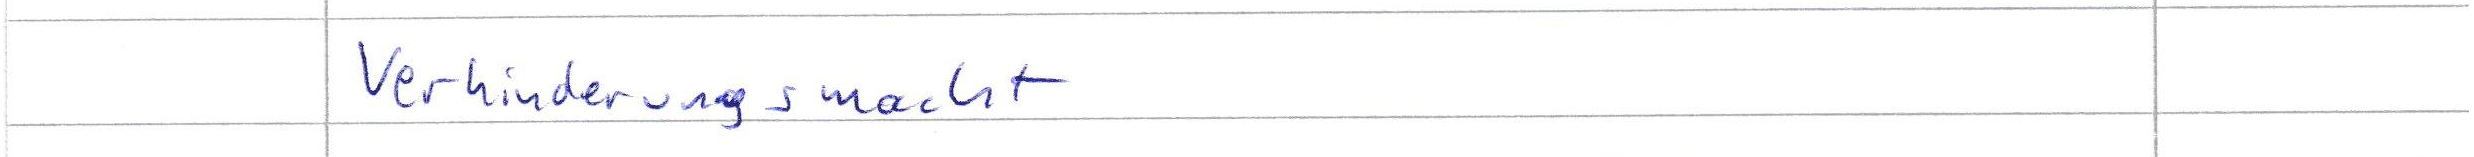
Verhinderungsmacht